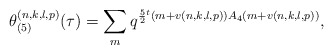
\begin{align*}\theta_{(5)}^{(n,k,l,p)}(\tau)=\sum_{m}q^{\frac{5}{2}{}^t(m+v(n,k,l,p))A_4(m+v(n,k,l,p))},\end{align*}